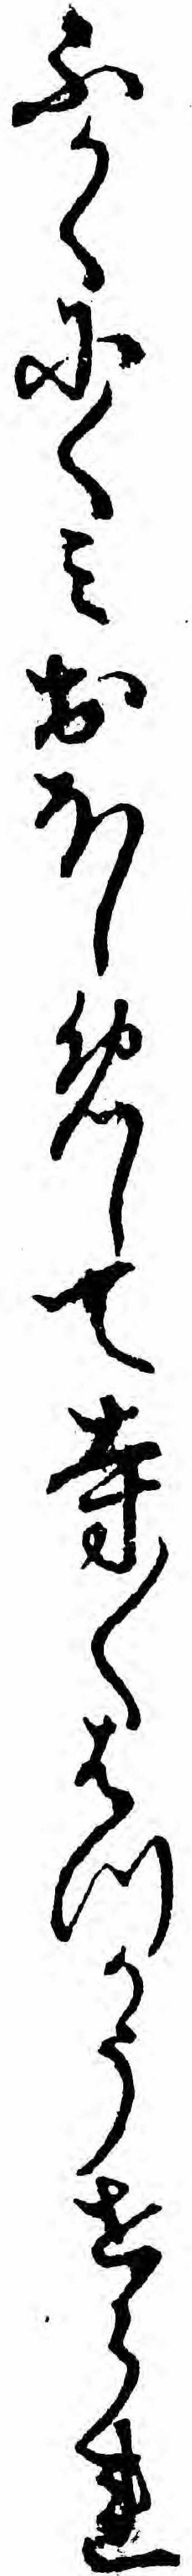
ふかくにくミおほしめして寺〱はつかうせられ